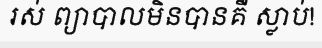
រស់ ព្យាបាលមិនបានគឺ ស្លាប់!